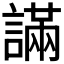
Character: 𧫩